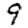
Digit: 9